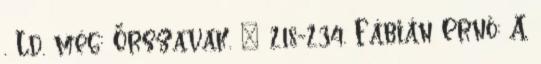
. Ld. még: Őrszavak. – 218-234. Fábián Ernő: A